Civil Veterinary Department ledger series I-VI
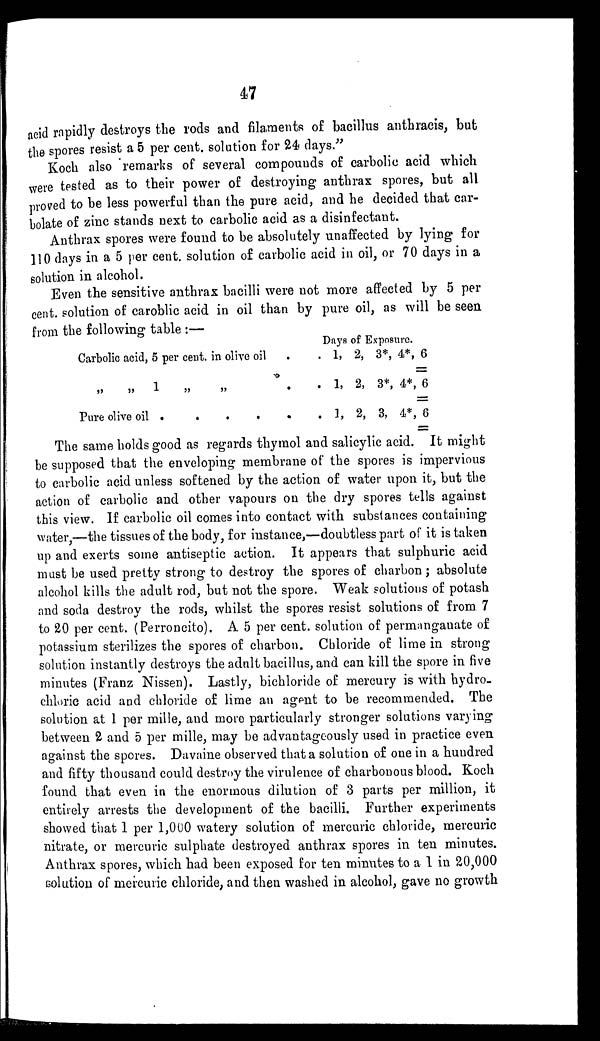
47
acid rapidly destroys the rods and filaments of bacillus anthracis, but
the spores resist a 5 per cent. solution for 24 days."
Koch also remarks of several compounds of carbolic acid which
were tested as to their power of destroying anthrax spores, but all
proved to be less powerful than the pure acid, and he decided that car-
bolate of zinc stands next to carbolic acid as a disinfectant.
Anthrax spores were found to be absolutely unaffected by lying for
110 days in a 5 per cent. solution of carbolic acid in oil, or 70 days in a
solution in alcohol.
Even the sensitive anthrax bacilli were not more affected by 5 per
cent. solution of caroblic acid in oil than by pure oil, as will be seen
from the following table:—
Carbolic acid, 5 per cent. in olive oil
„ „ 1
Pure olive oil .
„
.
„
.
.
.
.
.
Days of Exposure.
.
.
.
1, 2, 3*, 4*, 6
1, 2, 3*, 4*, 6
1, 2, 3, 4*, 6
The same holds good as regards thymol and salicylic acid. It might
be supposed that the enveloping membrane of the spores is impervious
to carbolic acid unless softened by the action of water upon it, but the
action of carbolic and other vapours on the dry spores tells against
this view. If carbolic oil comes into contact with substances containing
water,—the tissues of the body, for instance,—doubtless part of it is taken
up and exerts some antiseptic action. It appears that sulphuric acid
must be used pretty strong to destroy the spores of charbon; absolute
alcohol kills the adult rod, but not the spore. Weak solutions of potash
and soda destroy the rods, whilst the spores resist solutions of from 7
to 20 per cent. (Perroncito). A 5 per cent. solution of permangauate of
potassium sterilizes the spores of charbon. Chloride of lime in strong
solution instantly destroys the adult bacillus, and can kill the spore in five
minutes (Franz Nissen). Lastly, bichloride of mercury is with hydro-
chloric acid and chloride of lime an agent to be recommended. The
solution at 1 per mille, and more particularly stronger solutions varying
between 2 and 5 per mille, may be advantageously used in practice even
against the spores. Davaine observed that a solution of one in a hundred
and fifty thousand could destroy the virulence of charbonous blood. Koch
found that even in the enormous dilution of 3 parts per million, it
entirely arrests the development of the bacilli. Further experiments
showed that 1 per 1,000 watery solution of mercuric chloride, mercuric
nitrate, or mercuric sulphate destroyed anthrax spores in ten minutes.
Anthrax spores, which had been exposed for ten minutes to a 1 in 20,000
solution of mercuric chloride, and then washed in alcohol, gave no growth